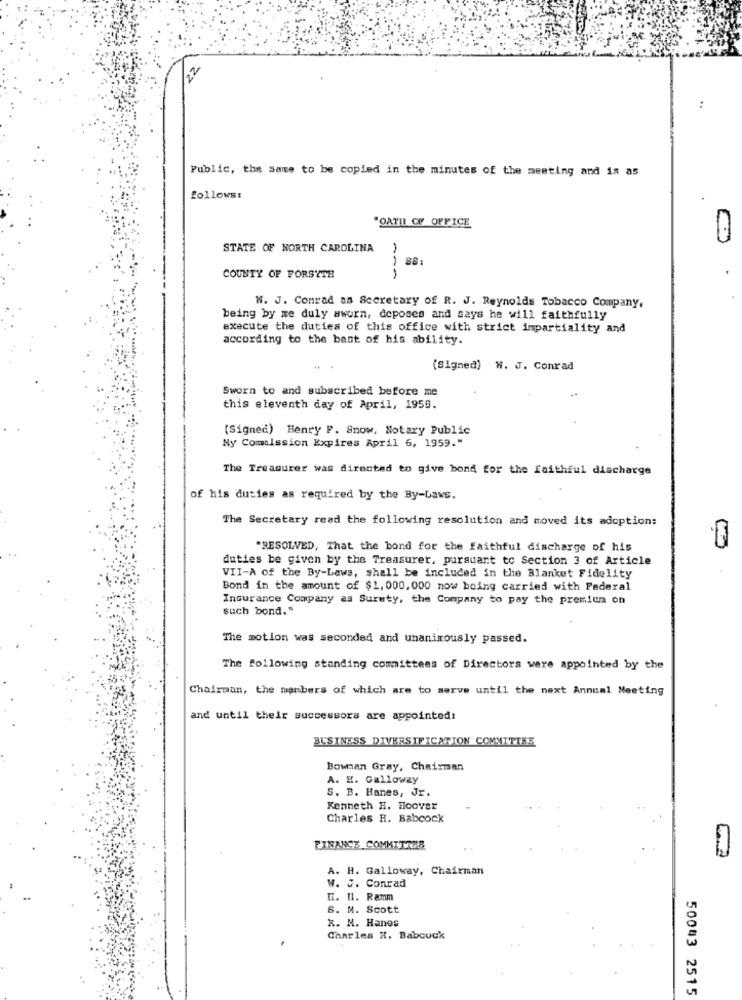
20
:
Public, the same to be copied in the minutes of the meeting and is as
follows:
"OATH OF OFFICE
STATE OF NORTH CAROLINA
88:
COUNTY OF FORSYTH
W. J. Conrad as Secretary of R. J. Reynolds Tobacco Company.
being by me duly sworn, deposes and says he will faithfully
execute the duties of this office with strict impartiality and
according to the bant of his ability.
(Signed) W. J. Conrad
Sworn to and subscribed before me
this eleventh day of April, 1959.
(Signed) Henry F. Snow, Notary Public
Ny Commission Expires April 6, 1959."
The Treasurer was directed to give bond for the faithful discharge
of his duties as required by the By-Laws.
The Secretary read the following resolution and moved its adoption:
"RESOLVED, That the bond for the faithful discharge of his
duties be given by the Treasurer, pursuant to Section 3 of Article
VII-A of the By-Laws, shall be included in the Blanket Fidelity
Bond in the amount of $1, 000,000 now being carried with Federal
Insurance Company as Surety, the Company to pay the premium on
such bond."
The motion was seconded and unanimously passed.
The following standing committees of Directors were appointed by the
Chairman, the manbers of which are to serve until the next Annual Meeting
and until their successors are appointed:
BUSINESS DIVERSIFICATION COMMITTEE
Bowman Gray, Chairman
A. H. Galloway
S. B. Hanes, Jr.
Kenneth H. Hoover
Charles H. Babcock
FINANCE COMMITTER
A. H. Galloway, Chairman
W. J. Conrad
H. Il. Ramm
6. M. Scott
R. M. Hanes
Charles X. Babcock
50043 2515